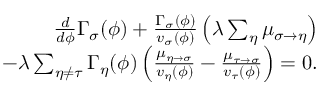
\begin{array} { r } { \frac { d } { d \phi } \Gamma _ { \sigma } ( \phi ) + \frac { \Gamma _ { \sigma } ( \phi ) } { v _ { \sigma } ( \phi ) } \left( \lambda \sum _ { \eta } \mu _ { \sigma \to \eta } \right) } \\ { - \lambda \sum _ { \eta \neq \tau } \Gamma _ { \eta } ( \phi ) \left( \frac { \mu _ { \eta \to \sigma } } { v _ { \eta } ( \phi ) } - \frac { \mu _ { \tau \to \sigma } } { v _ { \tau } ( \phi ) } \right) = 0 . } \end{array}